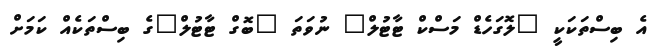
އެ ބިސްތަކަކީ "ލޮގަހެޑް މަސްކް ޓާޓުލް" ނުވަތަ "ބޮގް ޓާޓުލް"ގެ ބިސްތަކެއް ކަމަށް